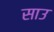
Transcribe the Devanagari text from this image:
साउ